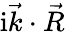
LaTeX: \mathrm{i}\vec{k}\cdot\vec{R}